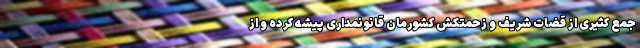
جمع کثیری از قضات شریف و زحمتکش کشورمان قانونمداری پیشه کرده و از